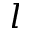
l